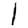
Digit: 1